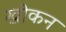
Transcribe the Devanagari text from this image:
खोकन